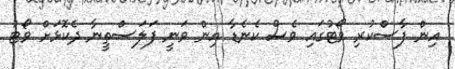
އިން ފާސްކުރި ވޯޓުގައި ވެސް ކެނެޑާ އިން ވަނީ ފަލަސްތީނާ ދެކޮޅަށް ވޯޓު